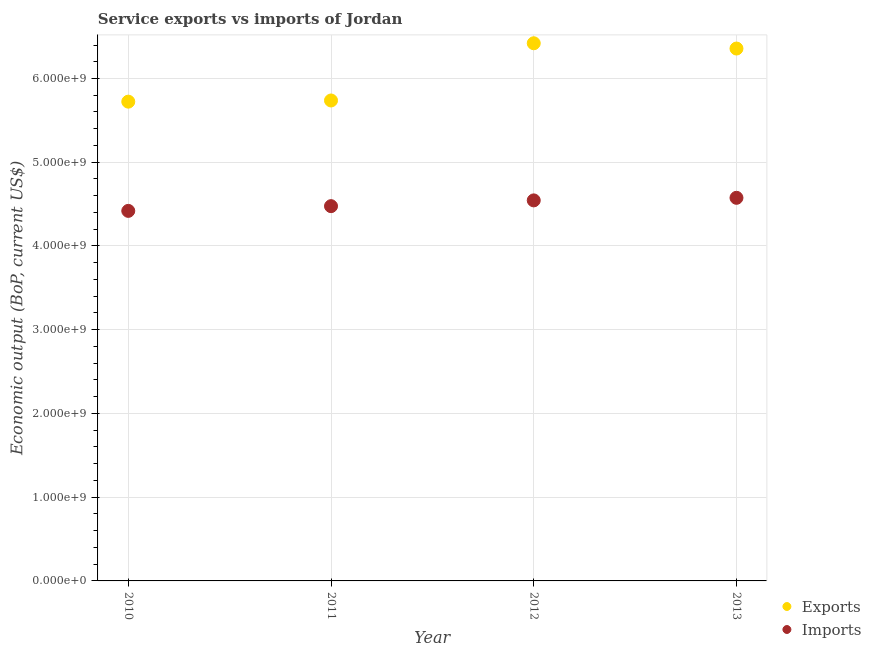
| Year | Exports | Imports |
 | --- | --- | --- |
 | 2010 | 5.72e+09 | 4.42e+09 |
 | 2011 | 5.74e+09 | 4.48e+09 |
 | 2012 | 6.42e+09 | 4.54e+09 |
 | 2013 | 6.36e+09 | 4.58e+09 |